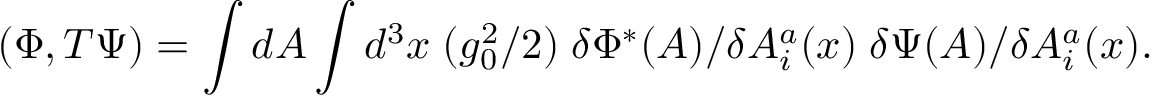
( \Phi , T \Psi ) = \int d A \int d ^ { 3 } x \; ( g _ { 0 } ^ { 2 } / 2 ) \; \delta \Phi ^ { * } ( A ) / \delta A _ { i } ^ { a } ( x ) \; \delta \Psi ( A ) / \delta A _ { i } ^ { a } ( x ) .